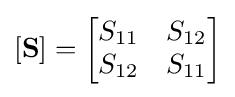
\left[\mathbf {S} \right]={\begin{bmatrix}S_{11}&S_{12}\\S_{12}&S_{11}\end{bmatrix}}